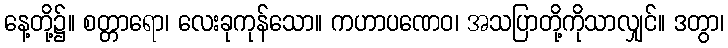
နေ့တို့၌။ စတ္တာရော၊ လေးခုကုန်သော။ ကဟာပဏေဝ၊ အသပြာတို့ကိုသာလျှင်။ ဒတွာ၊